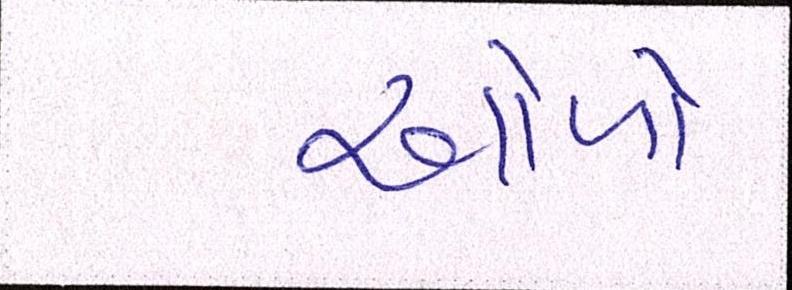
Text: ઓળો